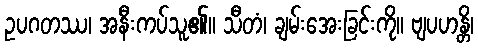
ဥပဂတဿ၊ အနီးကပ်သူ၏။ သီတံ၊ ချမ်းအေးခြင်းကို။ ဗျပဟန္တိ၊